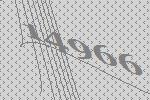
14966